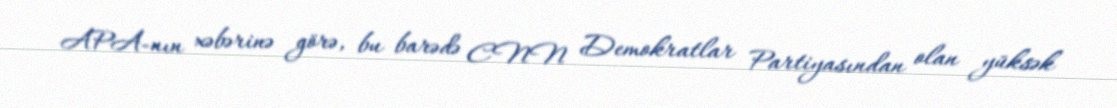
APA-nın xəbərinə görə, bu barədə CNN Demokratlar Partiyasından olan yüksək